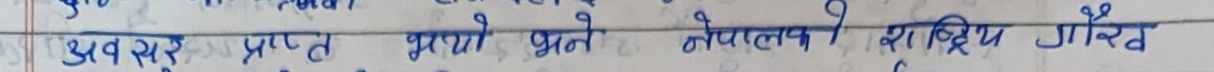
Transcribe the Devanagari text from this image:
अवसर प्राप्त भयो भने केवल राष्ट्रिय गौरव